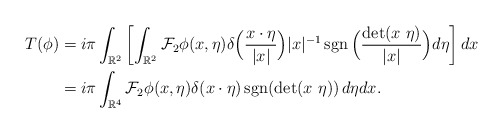
\begin{align*}T(\phi) & = i\pi \int_{\mathbb{R}^2} \left[ \int_{\mathbb{R}^2} \mathcal{F}_2 {\phi}(x,\eta) \delta\Big(\frac{x\cdot\eta}{|x|}\Big)|x|^{-1} \mathop{\textup{sgn}}\Big(\frac{\det(x\ \eta)}{|x|}\Big) d\eta \right] dx \\& = i\pi \int_{\mathbb{R}^4} \mathcal{F}_2 {\phi}(x,\eta) \delta({x\cdot\eta})\mathop{\textup{sgn}}(\det(x\ \eta)) \,d\eta dx. \end{align*}